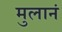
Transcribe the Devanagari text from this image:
मुलानं